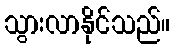
သွားလာနိုင်သည်။